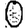
Digit: 0